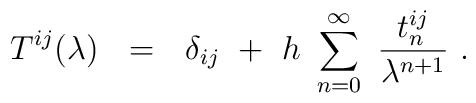
T^{ij}(\lambda)~~=~~\delta_{ij}~+~h~ \sum _{n=0}^{\infty}~{t_n^{ij} \over\lambda^{n+1}}~.